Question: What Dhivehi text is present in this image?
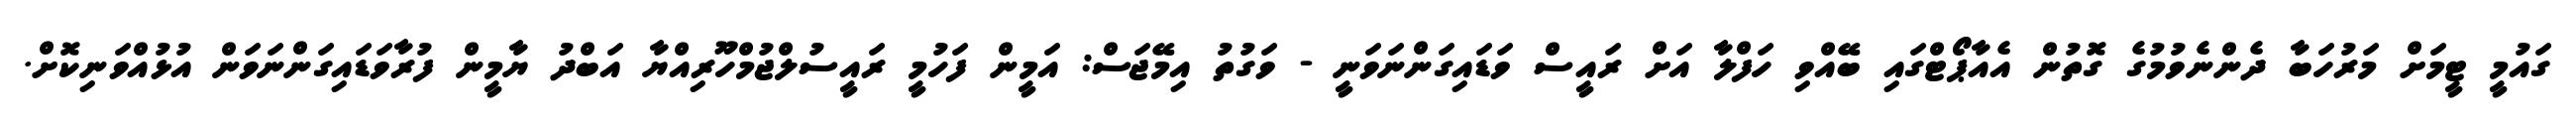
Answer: ގައުމީ ޓީމަށް މަރުހަބާ ދެންނެވުމުގެ ގޮތުން އެއާޕޯޓްގައި ބޭއްވި ހަފްލާ އަށް ރައީސް ވަޑައިގަންނަވަނީ - ވަގުތު އިމޭޖަސް: އަމީން ފަހުމީ ރައީސުލްޖުމްހޫރިއްޔާ އަބްދު ޔާމީން ފުރާވަޑައިގަންނަވަން އުޅުއްވަނިކޮށް.